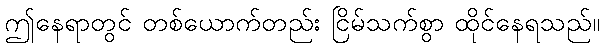
ဤနေရာတွင် တစ်ယောက်တည်း ငြိမ်သက်စွာ ထိုင်နေရသည်။